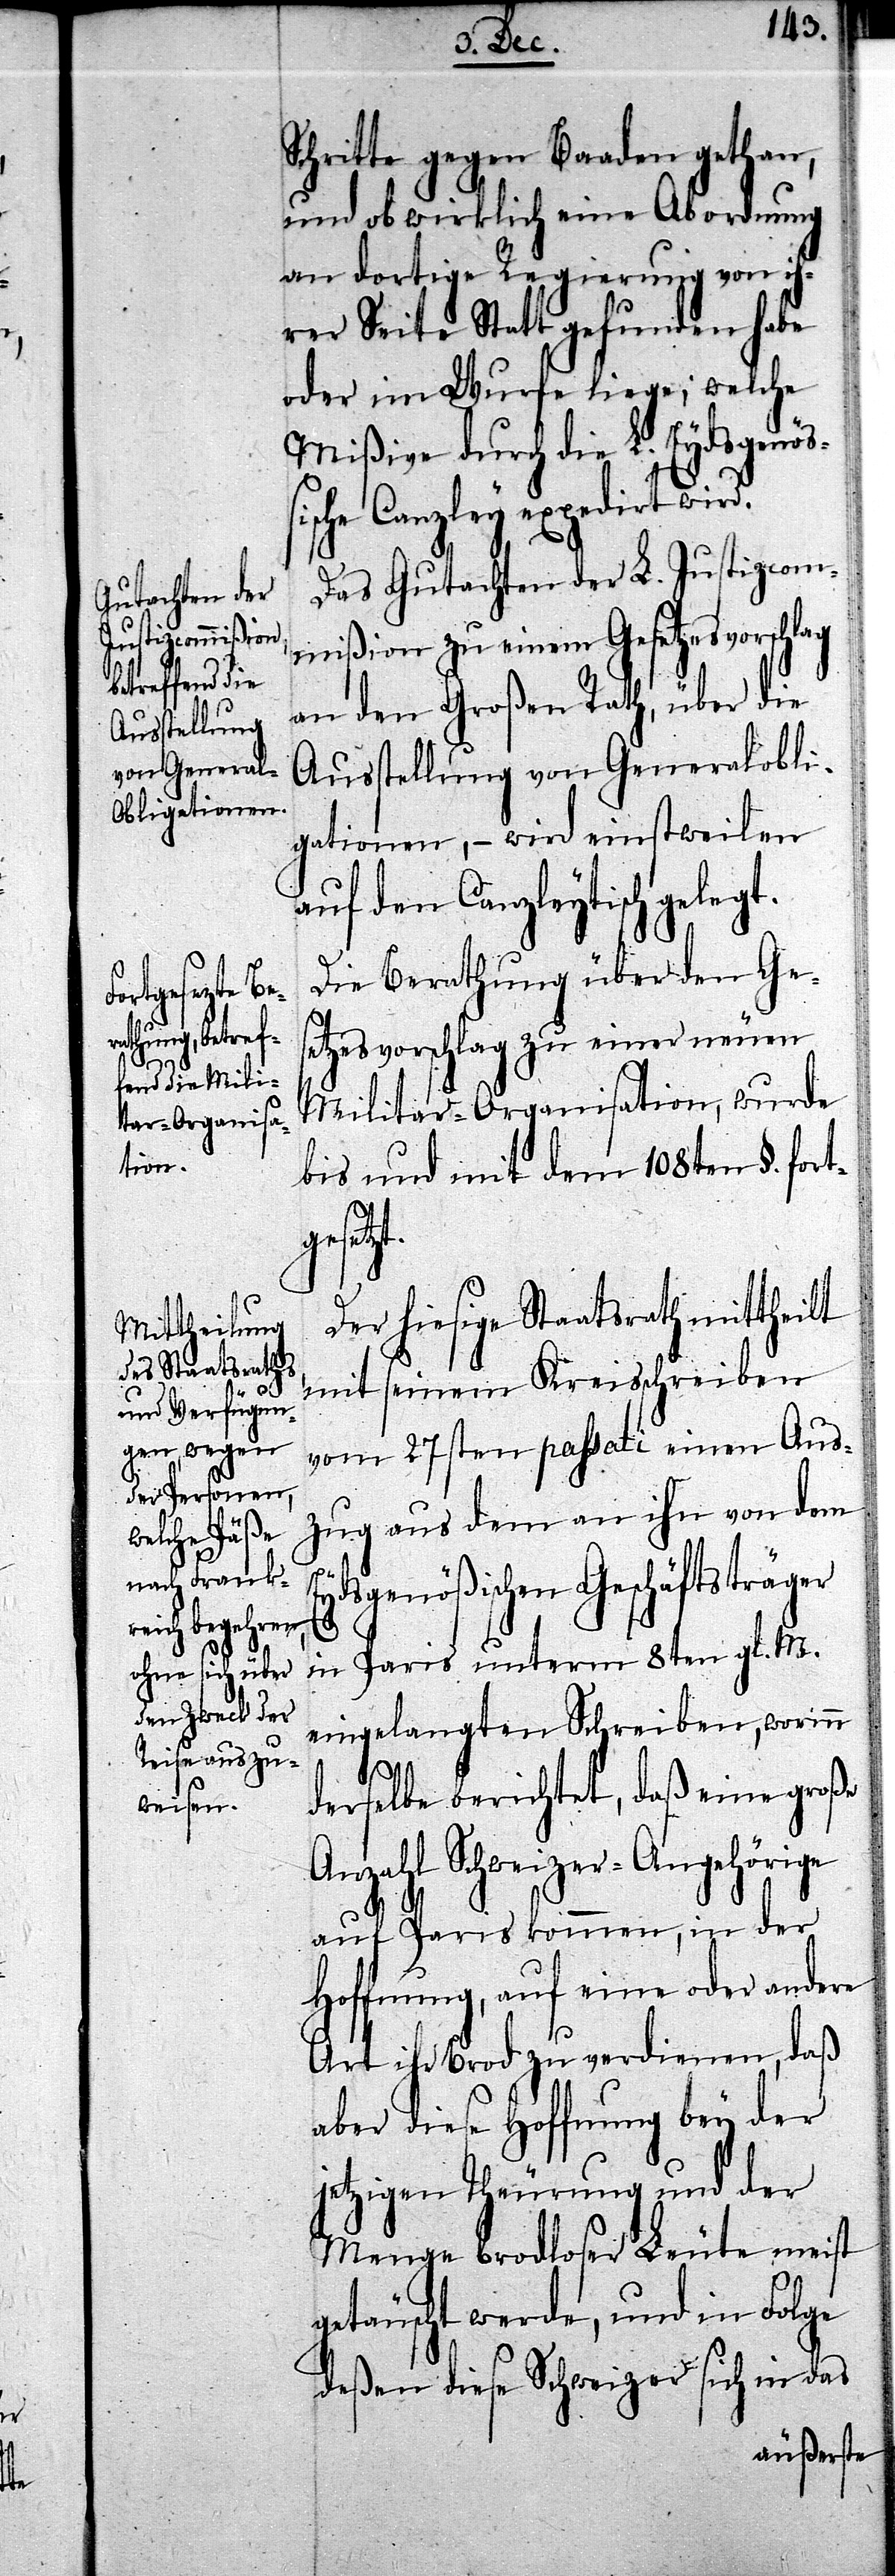
Schritte gegen Baaden gethan,
und ob wirklich eine Abordnung
an dortige Regierung von ih¬
rer Seite Statt gefunden habe
oder im Wurfe liege; welche
Mißive durch die L. Eydsgenöß¬
ische Canzley expedirt wird.
Das Gutachten der L. Justizcom¬
mißion zu einem Gesetzesvorschlag
an den Großen Rath, über die
Ausstellung von Generalobli¬
gationen, – wird einstweilen
auf den Canzleytisch gelegt.
Die Berathung über den Ges¬
etzesvorschlag zu einer neuen
Militar-Organisation, wurde
bis und mit dem 108ten §. fort¬
gesetz¬
Der hiesige Staatsrath mittheilt
mit seinem Kreisschreiben
vom 27sten passati einen Aus¬
zug aus dem an ihn von dem
ydsgenößischen Geschäftsträger
in Paris unterm 8ten gl. M.
eingelangten Schreiben, worinn
E¬
derselbe berichtet, daß eine große
Anzahl Schweizer-Angehörige
auf Paris kommen, in der
Hoffnung, auf eine oder andere
Art ihr Brod zu verdienen, daß
aber diese Hoffnung bey der
jetzigen Theurung und der
Menge brodloser Leute meist
getäuscht werde, und in Folge
deßen diese Schweizer sich in das